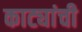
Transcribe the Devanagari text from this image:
काट्यांची